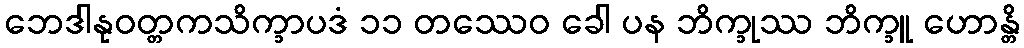
ဘေဒါနုဝတ္တကသိက္ခာပဒံ ၁၁ တဿေဝ ခေါ ပန ဘိက္ခုဿ ဘိက္ခူ ဟောန္တိ